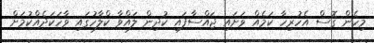
މިހެން ގޮސް އެހުރިހާ ކަމެއް ވަށައި ޖައްސާފައި ކުދިން ލައްވާ ކްލާހުގައި ވާހަކަދެއްކުމަށް